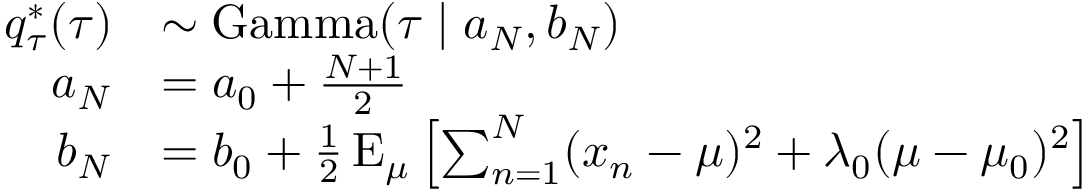
{ \begin{array} { r l } { q _ { \tau } ^ { * } ( \tau ) } & { \sim \operatorname { G a m m a } ( \tau \mid a _ { N } , b _ { N } ) } \\ { a _ { N } } & { = a _ { 0 } + { \frac { N + 1 } { 2 } } } \\ { b _ { N } } & { = b _ { 0 } + { \frac { 1 } { 2 } } \operatorname { E } _ { \mu } \left[ \sum _ { n = 1 } ^ { N } ( x _ { n } - \mu ) ^ { 2 } + \lambda _ { 0 } ( \mu - \mu _ { 0 } ) ^ { 2 } \right] } \end{array} }